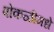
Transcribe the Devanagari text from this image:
पोकळीमधे